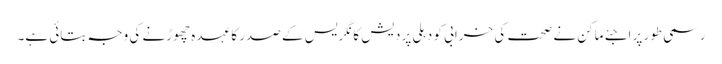
رسمی طور پر اجئے ماکن نے صحت کی خرابی کو دہلی پردیش کانگریس کے صدر کا عہدہ چھوڑنے کی وجہ بتائی ہے۔